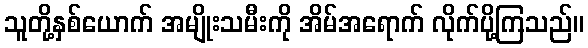
သူတို့နှစ်ယောက် အမျိုးသမီးကို အိမ်အရောက် လိုက်ပို့ကြသည်။